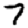
Digit: 7